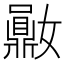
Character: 𪔈